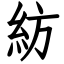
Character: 紡